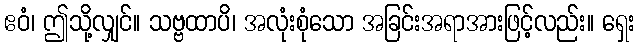
ဧဝံ၊ ဤသို့လျှင်။ သဗ္ဗထာပိ၊ အလုံးစုံသော အခြင်းအရာအားဖြင့်လည်း။ ရှေး